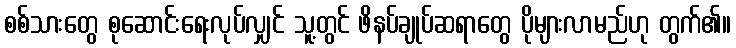
စစ်သားတွေ စုဆောင်းရေးလုပ်လျှင် သူ့တွင် ဖိနပ်ချုပ်ဆရာတွေ ပိုများလာမည်ဟု တွက်၏။